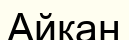
Айкан